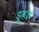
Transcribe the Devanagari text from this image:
डूबल